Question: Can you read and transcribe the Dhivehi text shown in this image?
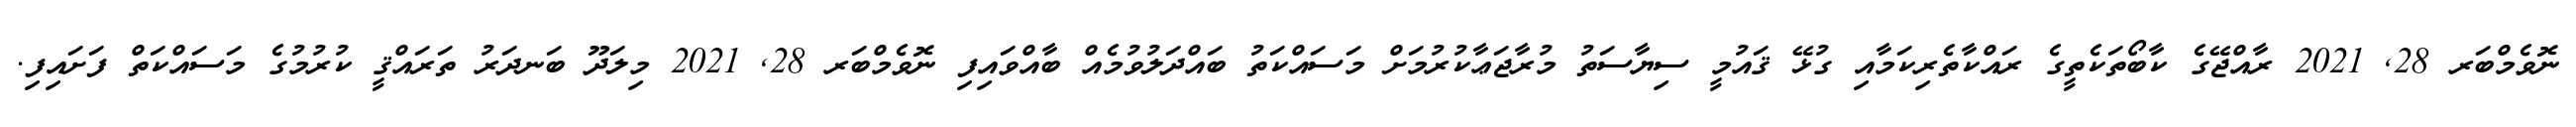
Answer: ނޮވެމްބަރ 28, 2021 ރާއްޖޭގެ ކާބޯތަކެތީގެ ރައްކާތެރިކަމާއި ގުޅޭ ޤައުމީ ސިޔާސަތު މުރާޖަޢާކުރުމަށް މަސައްކަތު ބައްދަލުވުމެއް ބާއްވައިފި ނޮވެމްބަރ 28, 2021 މިލަދޫ ބަނދަރު ތަރައްޤީ ކުރުމުގެ މަސައްކަތް ފަށައިފި.